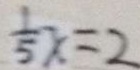
\frac { 1 } { 5 } x = 2